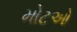
મોટઓ